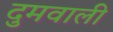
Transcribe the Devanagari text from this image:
दुमवाली